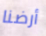
أرضنا